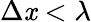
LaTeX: \Delta\mathit{x}<\lambda